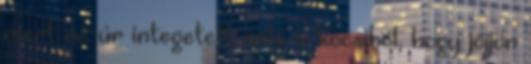
mert az úr integetett neki a kocsiból, hogy jöjjön